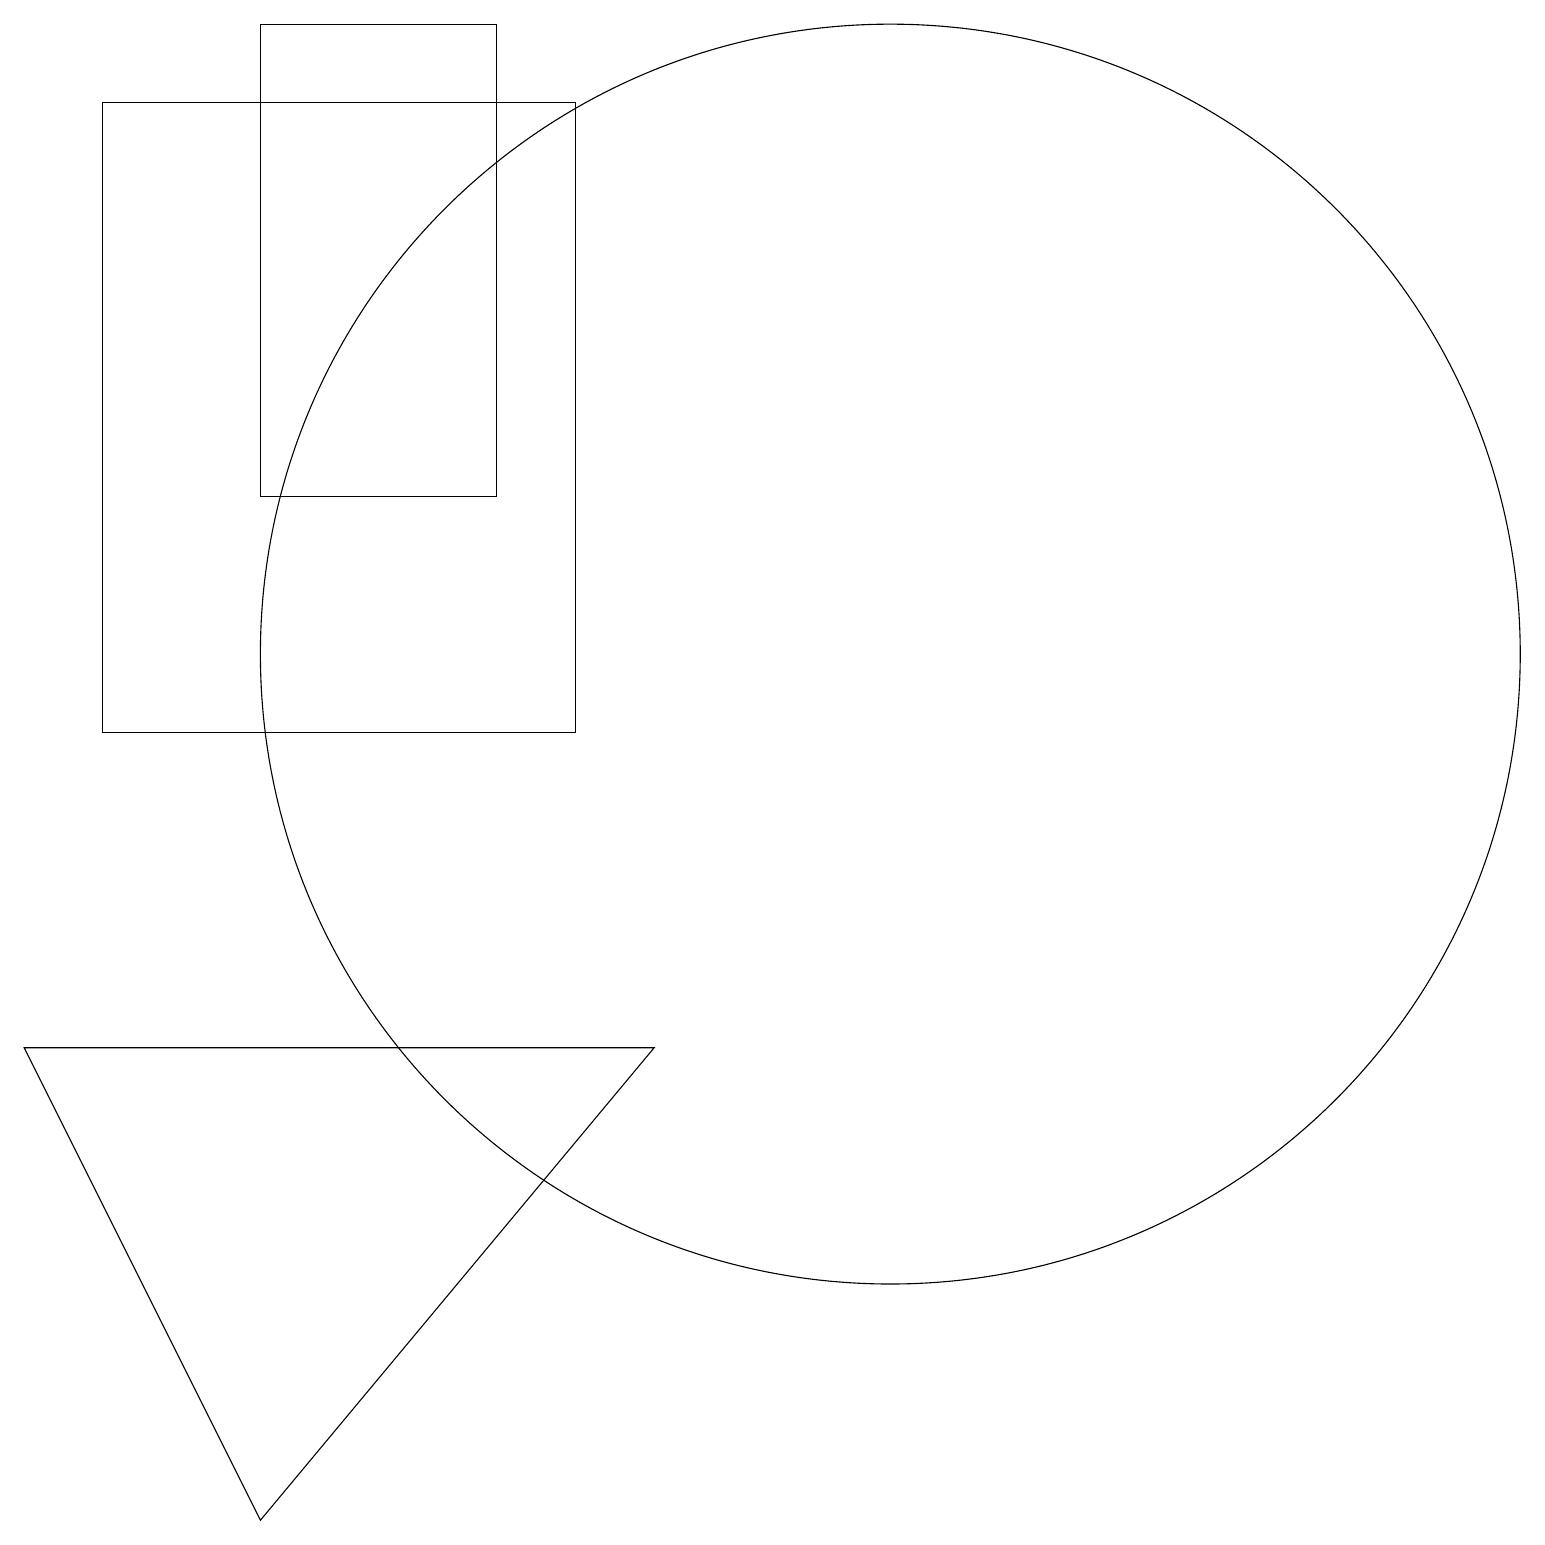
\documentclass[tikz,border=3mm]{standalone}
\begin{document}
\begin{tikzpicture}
\draw (1,6) -- (9,6) -- (4,0) -- cycle;
\draw (7,19) rectangle (4,13);
\draw (12,11) circle (8);
\draw (2,18) rectangle (8,10);
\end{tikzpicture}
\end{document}